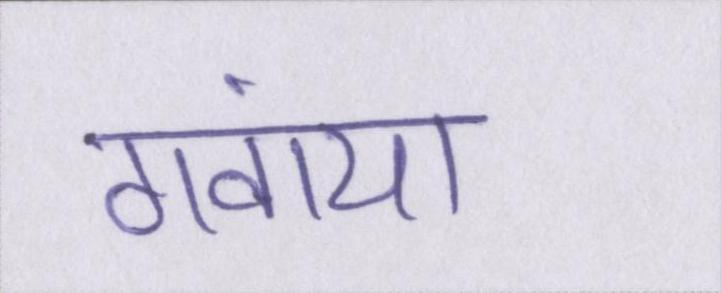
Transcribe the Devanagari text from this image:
गंवाया